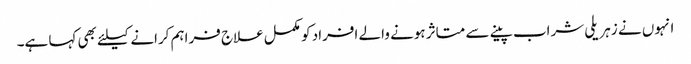
انہوں نے زہریلی شراب پینے سے متاثر ہونے والے افراد کو مکمل علاج فراہم کرانے کیلئے بھی کہا ہے۔